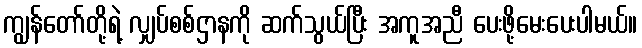
ကျွန်တော်တို့ရဲ့ လျှပ်စစ်ဌာနကို ဆက်သွယ်ပြီး အကူအညီ ပေးဖို့မေးပေးပါမယ်။